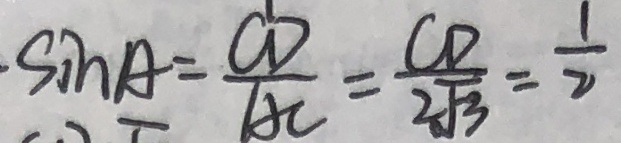
\sin A = \frac { C D } { A C } = \frac { C D } { 2 \sqrt { 3 } } = \frac { 1 } { 2 }